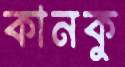
কানকু